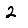
Digit: 2